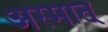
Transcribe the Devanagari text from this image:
अस्मात्‌